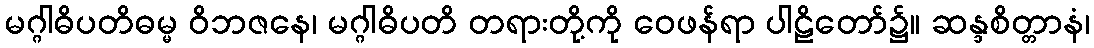
မဂ္ဂါဓိပတိဓမ္မ ဝိဘဇနေ၊ မဂ္ဂါဓိပတိ တရားတို့ကို ဝေဖန်ရာ ပါဠိတော်၌။ ဆန္ဒစိတ္တာနံ၊